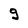
Character: 9